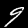
Digit: 9